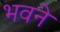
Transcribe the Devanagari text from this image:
भवने